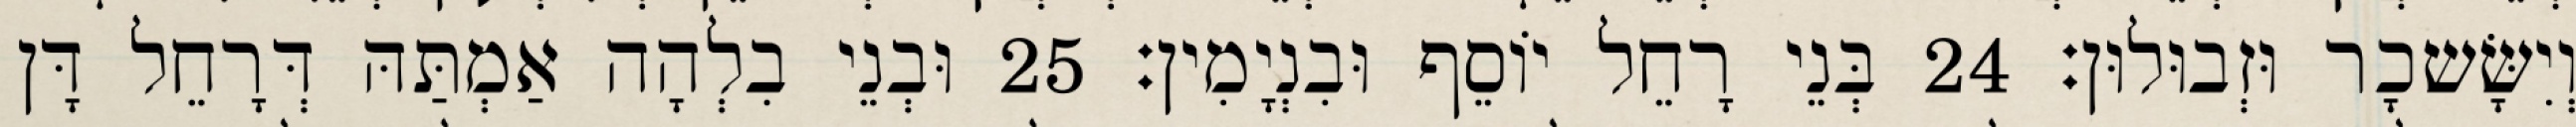
וְיִשָּׂשכָר וּזְבוּלוּן׃ 24 בְּנֵי רָחֵל יוֹסֵף וּבִנְיָמִין׃ 25 וּבְנֵי בִלְהָה אַמְתַּהּ דְּרָחֵל דָּן